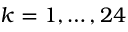
k = 1 , \ldots , 2 4